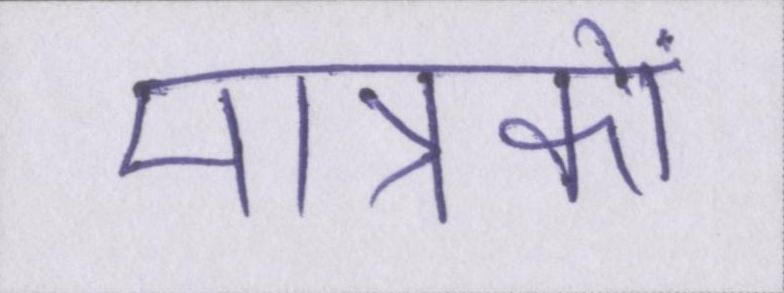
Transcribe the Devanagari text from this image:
मात्रकों